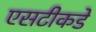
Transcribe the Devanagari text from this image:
एसटीकडे